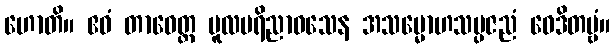
ဟောတိ။ ဧဝံ တာဝေတ္ထ မူလပရိညာဝသေန အသမ္မောဟသမ္ပဇညံ ဝေဒိတဗ္ဗံ။